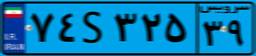
۷۴S۳۲۵۳۹